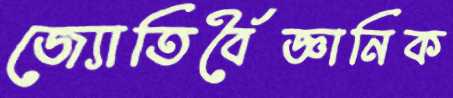
জ্যোতির্বৈজ্ঞানিক